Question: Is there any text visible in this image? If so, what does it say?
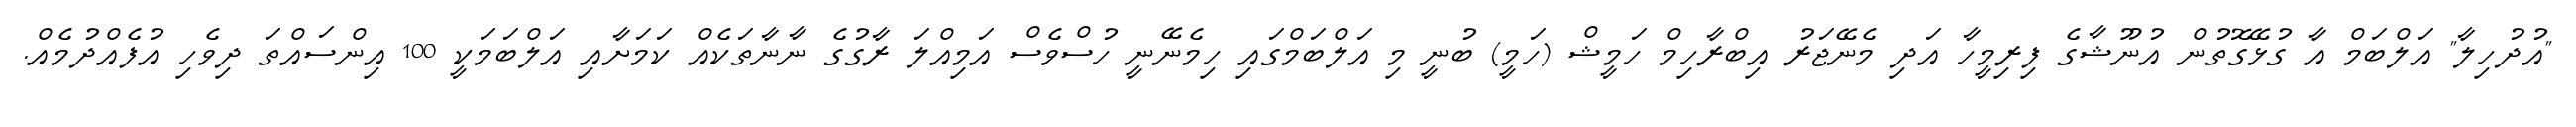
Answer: "އުދުހިލާ" އަލްބަމް އާ ގުޅޭގޮތުން އުނޫޝާގެ ފިރިމީހާ އަދި މެނޭޖަރު އިބްރާހިމް ހަމީޝް (ހަމީ) ބުނީ މި އަލްބަމްގައި ހިމެނޭނީ ހުސްވެސް އަމިއްލަ ރާގުގެ ނާނާތަކެއް ކަމަށާއި އަލްބަމަކީ 100 އިންސައްތަ ދިވެހި އުފެއްދުމެއް.